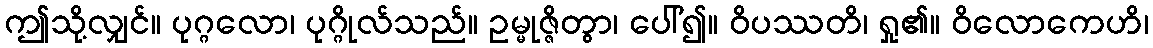
ဤသို့လျှင်။ ပုဂ္ဂလော၊ ပုဂ္ဂိုလ်သည်။ ဥမ္မုဇ္ဇိတွာ၊ ပေါ်၍။ ဝိပဿတိ၊ ရှု၏။ ဝိလောကေဟိ၊